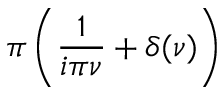
\pi \left( { \frac { 1 } { i \pi \nu } } + \delta ( \nu ) \right)